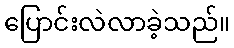
ပြောင်းလဲလာခဲ့သည်။